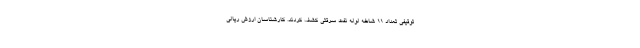
توقیفی تعداد ۱۱ شاخه لوله نفت سرقتی کشف کردند. کارشناسان ارزش ریالی